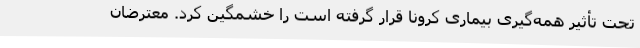
تحت تأثیر همه‌گیری بیماری کرونا قرار گرفته است را خشمگین کرد. معترضان